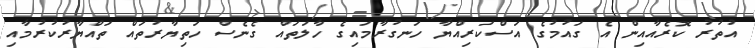
އުތުރު ކޮރެއާއިން އެ ގައުމުގެ އަސްކަރިއްޔާ ހަނގުރާމައިގެ ހާލަތައް ގެނެސް ހަތިޔާރުތައް ތައްޔާރުކުރުމާއި